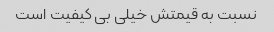
نسبت به قیمتش خیلی بی کیفیت است